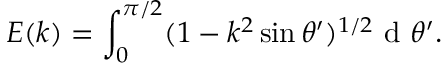
E ( k ) = \int _ { 0 } ^ { \pi / 2 } ( 1 - k ^ { 2 } \sin \theta ^ { \prime } ) ^ { 1 / 2 } \mathrm { ~ d ~ } \theta ^ { \prime } .